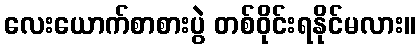
လေးယောက်စာစားပွဲ တစ်ဝိုင်းရနိုင်မလား။